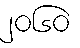
၂၀၆၀